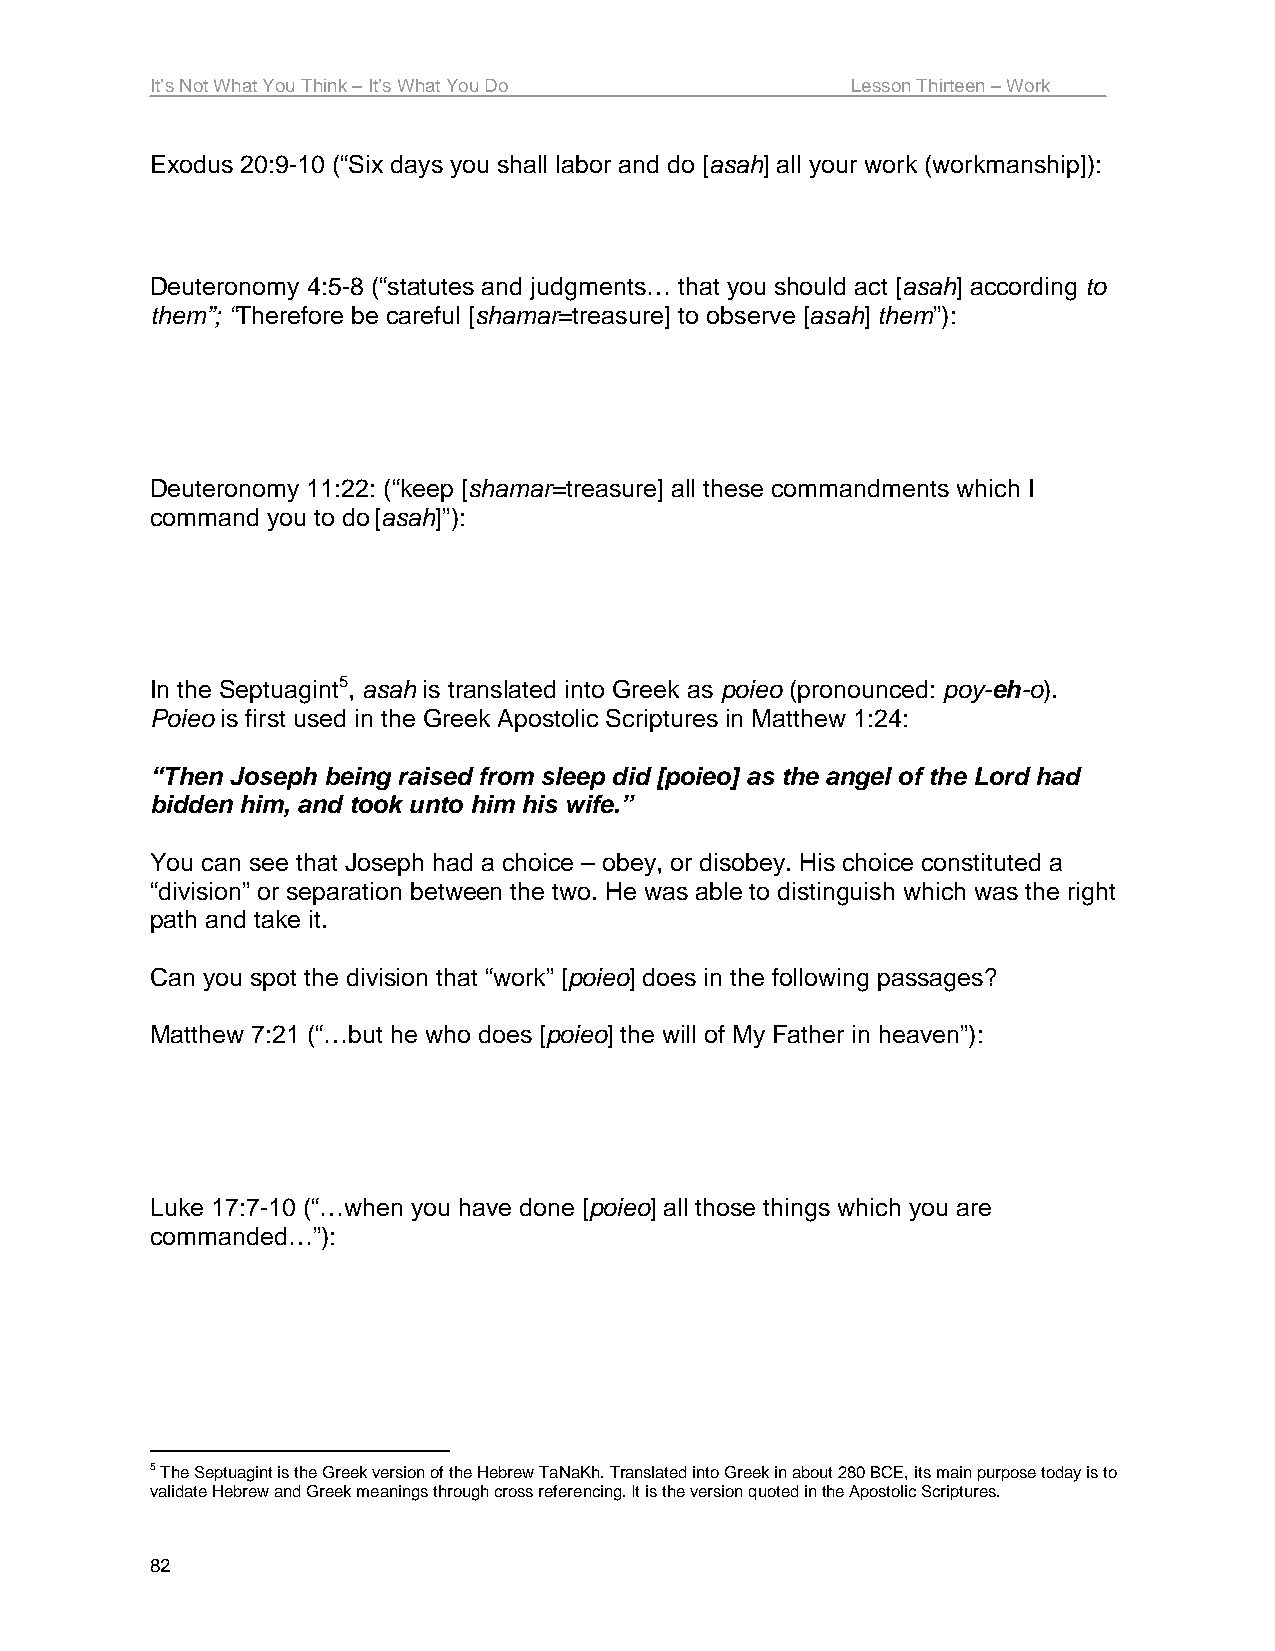
It’s Not What You Think – It’s What You Do    Lesson Thirteen – Work
 Exodus 20:9-10 (“Six days you shall labor and do [asah] all your work (workmanship]):
 Deuteronomy 4:5-8 (“statutes and judgments… that you should act [asah] according to
 them”; “Therefore be careful [shamar=treasure] to observe [asah] them”):
 Deuteronomy 11:22: (“keep [shamar=treasure] all these commandments which I
 command you to do [asah]”):
 In the Septuagint5, asah is translated into Greek as poieo (pronounced: poy-eh-o).
 Poieo is first used in the Greek Apostolic Scriptures in Matthew 1:24:
 “Then Joseph being raised from sleep did [poieo] as the angel of the Lord had
 bidden him, and took unto him his wife.”
 You can see that Joseph had a choice – obey, or disobey. His choice constituted a
 “division” or separation between the two. He was able to distinguish which was the right
 path and take it.
 Can you spot the division that “work” [poieo] does in the following passages?
 Matthew 7:21 (“…but he who does [poieo] the will of My Father in heaven”):
 Luke 17:7-10 (“…when you have done [poieo] all those things which you are
 commanded…”):
 5 The Septuagint is the Greek version of the Hebrew TaNaKh. Translated into Greek in about 280 BCE, its main purpose today is to
 validate Hebrew and Greek meanings through cross referencing. It is the version quoted in the Apostolic Scriptures.
 82